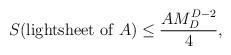
LaTeX: \begin{align*}S (\mbox{lightsheet of }A) \leq \frac{A M_D^{D-2}}{4},\end{align*}